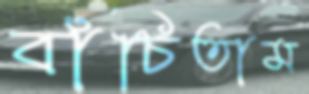
বাঁচিতাম